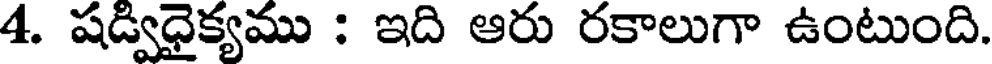
4. షడ్విధైక్యము : ఇది ఆరు రకాలుగా ఉంటుంది.